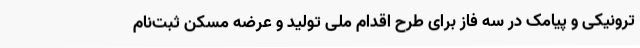
ترونیکی و پیامک در سه فاز برای طرح اقدام ملی تولید و عرضه مسکن ثبت‌نام